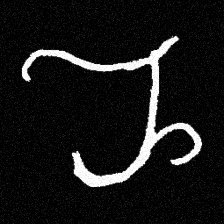
Pyu character \u2014 Myanmar letter: ည (romanized: nya)